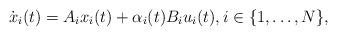
LaTeX: \begin{align*}\dot{x}_{i}(t) = A_{i}x_{i}(t) + \alpha_{i}(t) B_{i}u_{i}(t), i \in\{1, \dotsc, N\},\end{align*}